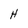
Character: H